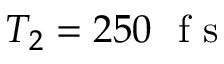
T _ { 2 } = 2 5 0 ~ \mathrm { ~ f ~ s ~ }